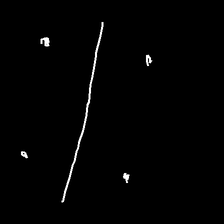
Glyph: cool